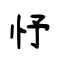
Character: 忬